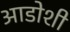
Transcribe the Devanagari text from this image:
आडोशी